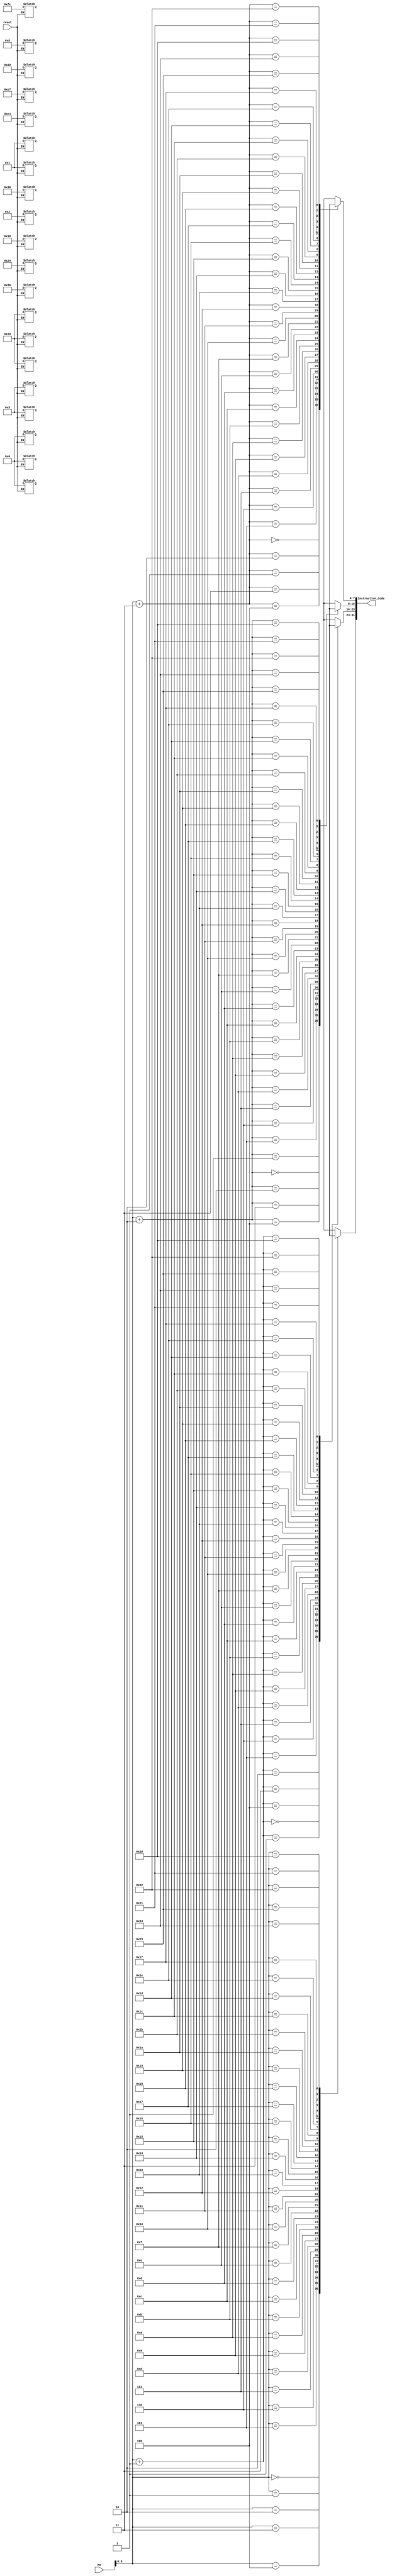
`timescale 1ns / 1ps
module Instruction_Memory(
    input [31:0] PC,
    input reset,
    output [31:0] Instruction_Code
    );
    reg [7:0] Mem [36:0]; //byte addressable memory 37 locations
    //For normal memory read we use the following statement
    assign Instruction_Code = {Mem[PC], Mem[PC+1], Mem[PC+2], Mem[PC+3]};
    //reads instruction code specified by PC // Big Endian 
    //handling reset condition
    always @(reset) 
    begin 
    
        if(reset == 0) //if reset is equal to logic 0
        //Initialize the memory with 4 instructions
        begin
            Mem[0] = 8'hFC; Mem[1] = 8'h20; Mem[2] = 8'h00; Mem[3] = 8'h08;
            //li R1, 8
            
            Mem[4] = 8'h00; Mem[5] = 8'h01; Mem[6] = 8'h18; Mem[7] = 8'h20;
            //add R0, R1, R3
            
            Mem[8] = 8'h03; Mem[9] = 8'hE7; Mem[10] = 8'h30; Mem[11] = 8'h22;
            //sub R31, R7, R6
            
            Mem[12] = 8'h03; Mem[13] = 8'hC4; Mem[14] = 8'h01; Mem[15] = 8'h02;
            //srl R30, R4, 4
            
            Mem[16] = 8'h00; Mem[17] = 8'h26; Mem[18] = 8'h20; Mem[19] = 8'h24;
            // and R1, R6, R4
       end     
   end 
    
endmodule